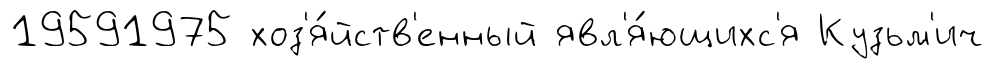
19591975 хоз'я́йств'енный явл'я́ющихс'я Кузьм'ич